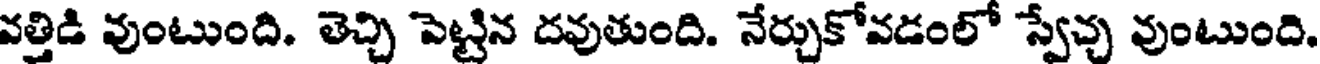
వత్తిడి వుంటుంది. తెచ్చి పెట్టిన దవుతుంది. నేర్చుకోవడంలో స్వేచ్చ వుంటుంది.